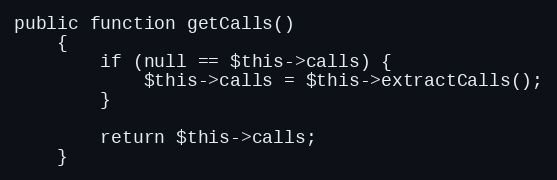
Language: PHP
public function getCalls()
    {
        if (null == $this->calls) {
            $this->calls = $this->extractCalls();
        }

        return $this->calls;
    }